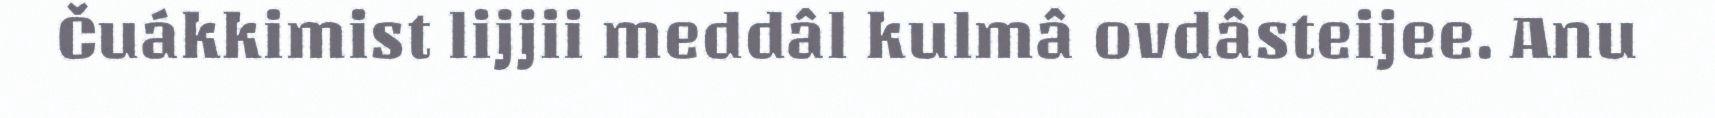
Čuákkimist lijjii meddâl kulmâ ovdâsteijee. Anu